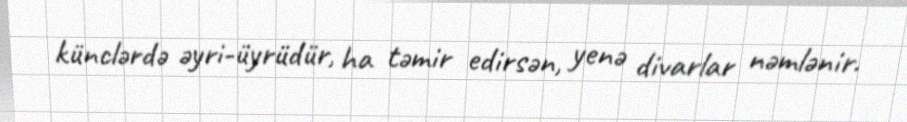
künclərdə əyri-üyrüdür, ha təmir edirsən, yenə divarlar nəmlənir.